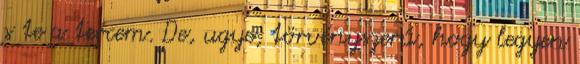
s te a tercem. De, ugye, törvényszerű, hogy legyen